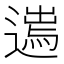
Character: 𨖮